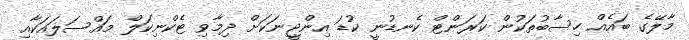
މާލޭގެ ބައެއް ހިސާބުތަކުން ކަރަންޓް ކެނޑުނީ ކުޑަ އިންޖީނަކަށް ދިމާވި ޓެކްނިކަލް މައްސަލައަކާއި